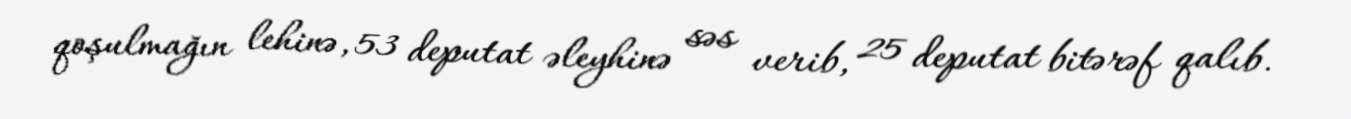
qoşulmağın lehinə, 53 deputat əleyhinə səs verib, 25 deputat bitərəf qalıb.